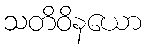
သတိဝိနယော